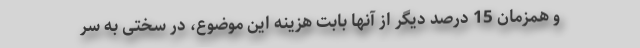
و همزمان 15 درصد دیگر از آنها بابت هزینه این موضوع، در سختی به سر